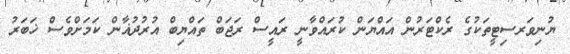
ޔުނިވަރސިޓީތަކުގެ ރެކްޓަރުން އައްޔަން ކުރައްވާނީ ރައީސް ރަޖަބް ތައްޔިބް އުރުދުޣާން ކަމަށްވެސް ޚަބަރު